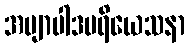
အဗျာပါဒပရိယေသနာ